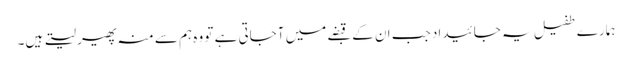
ہمارے طفیل یہ جائیداد جب ان کے قبضے میں آجاتی ہے تو وہ ہم سے منہ پھیر لیتے ہیں۔